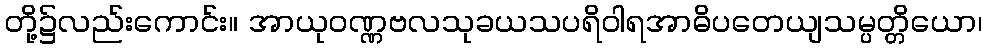
တို့၌လည်းကောင်း။ အာယုဝဏ္ဏဗလသုခယသပရိဝါရအာဓိပတေယျသမ္ပတ္တိယော၊